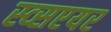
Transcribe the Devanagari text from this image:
स्व्सएयर